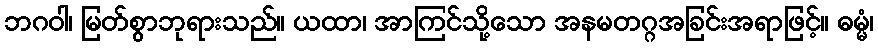
ဘဂဝါ၊ မြတ်စွာဘုရားသည်။ ယထာ၊ အာကြင်သို့သော အနမတဂ္ဂအခြင်းအရာဖြင့်။ ဓမ္မံ၊